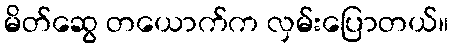
မိတ်ဆွေ တယောက်က လှမ်းပြောတယ်။